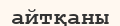
айтқаны